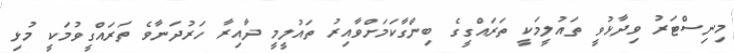
މިނިސްޓަރު ވިދާޅުވީ ތައުލީމަކީ ތަރައްގީގެ ބިންގާކަމަށްވާއިރު ތައުލީމީ ދާއިރާ ހަރުދަނާވެ ތަރައްގީވުމަކީ މުޅި